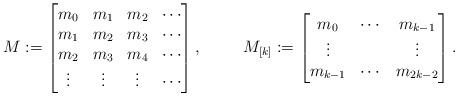
LaTeX: \begin{align*}M&:=\begin{bmatrix}m_{0}&m_{1}& m_2&\cdots\\m_{1}&m_{2}& m_3&\cdots\\m_{2}&m_{3}& m_4&\cdots\\\vdots &\vdots &\vdots&\cdots\\\end{bmatrix}, &M_{[k]}&:=\begin{bmatrix}m_{0}&\cdots&m_{k-1}\\\vdots& &\vdots\\m_{k-1}&\cdots&m_{2k-2}\end{bmatrix}.\end{align*}